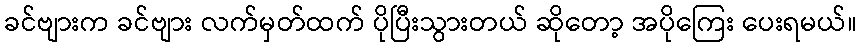
ခင်ဗျားက ခင်ဗျား လက်မှတ်ထက် ပိုပြီးသွားတယ် ဆိုတော့ အပိုကြေး ပေးရမယ်။